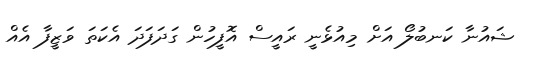
ޝައުނާ ކަނބުލޯ އަށް މިއުޅެނީ ރައީސް އޮފީހުން ގަދަފަދަ އެކަތަ ވަޒީފާ އެއް